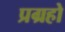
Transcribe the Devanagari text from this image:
प्रग्रहो